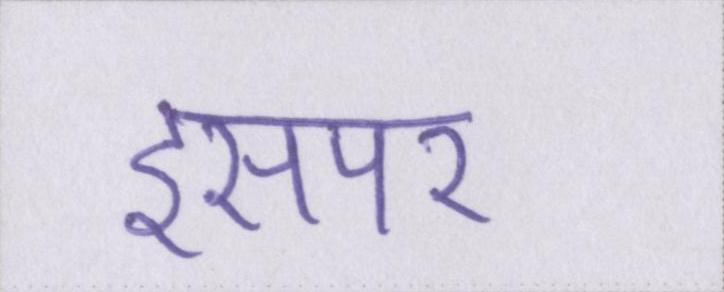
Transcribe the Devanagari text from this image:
इसपर